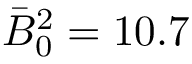
\bar { B } _ { 0 } ^ { 2 } = 1 0 . 7